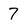
Character: 7